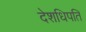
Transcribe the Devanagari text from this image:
देशधिपति